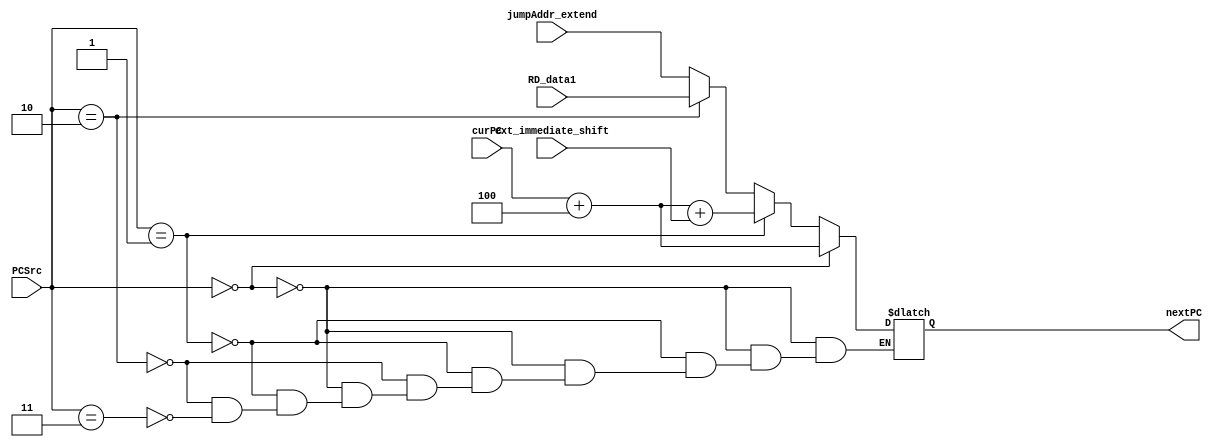
`timescale 1ns / 1ps
//////////////////////////////////////////////////////////////////////////////////
// Company: 
// Engineer: 
// 
// Design Name: 
// Module Name: Mux_PCSrc
// Project Name: 
// Target Devices: 
// Tool Versions: 
// Description: 
// 
// Dependencies: 
// 
// Revision:
// Revision 0.01 - File Created
// Additional Comments:
// 
//////////////////////////////////////////////////////////////////////////////////


module Mux_PCSrc(
    input [1:0] PCSrc,
    input [31:0] curPC,
    input [31:0] ext_immediate_shift,
    input [31:0] RD_data1,
    input [31:0] jumpAddr_extend,
    output reg [31:0] nextPC
    );
    
    initial begin
        nextPC = 0;
    end
    
    always@ (*) begin
        if( PCSrc == 0 )
            nextPC = curPC + 4;
           
        else if( PCSrc == 1 ) begin 
                nextPC = curPC + 4;
                nextPC = nextPC + ext_immediate_shift;
        end
        
        else if( PCSrc == 2 )
            nextPC = RD_data1;
        
        else if( PCSrc == 3 )
            nextPC = jumpAddr_extend;
    end
    
endmodule